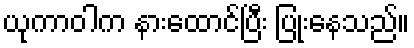
ယုကာဝါက နားထောင်ပြီး ပြုံးနေသည်။